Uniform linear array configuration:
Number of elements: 24
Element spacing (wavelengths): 0.5
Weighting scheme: hamming
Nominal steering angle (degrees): -45
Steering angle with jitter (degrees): -46.717
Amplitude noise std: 0.05
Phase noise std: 0.05

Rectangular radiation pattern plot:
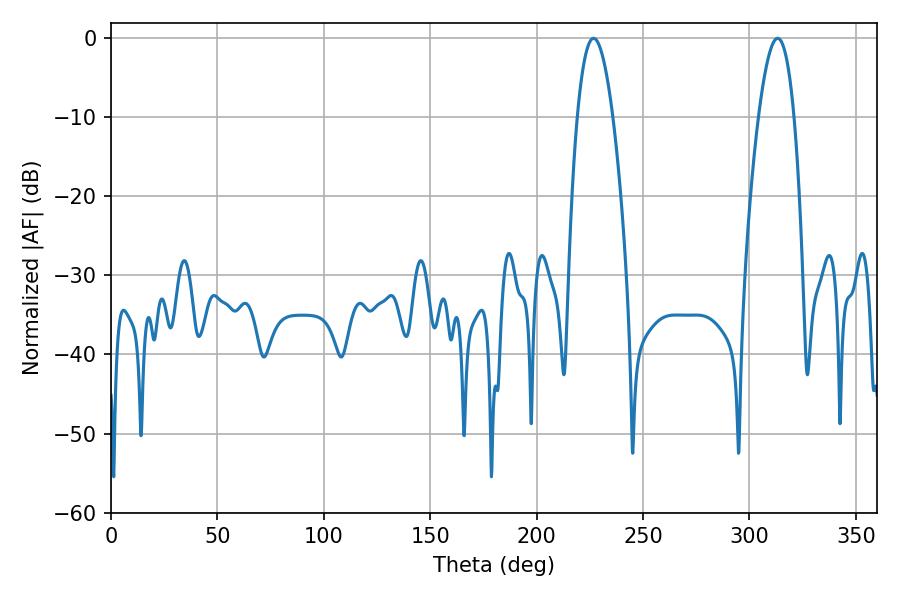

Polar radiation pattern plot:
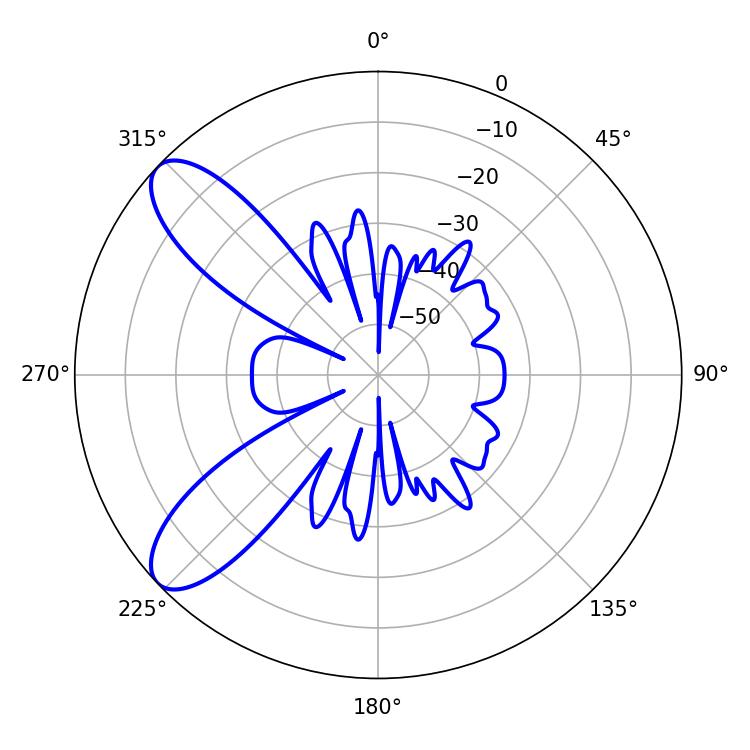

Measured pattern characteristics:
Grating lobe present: FALSE
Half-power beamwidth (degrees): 9.18
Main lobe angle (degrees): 226.8